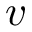
v